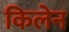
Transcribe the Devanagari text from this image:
किलेन